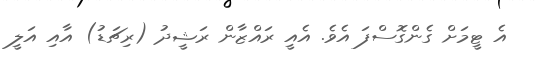
އެ ޓީމަށް ގެންގޮސްފަ އެވެ. އެއީ ރައްޒާން ރަޝީދު (ރިޗަޑު) އާއި އަލީ